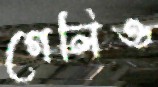
গেলিও